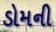
ડોમની